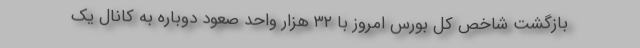
بازگشت شاخص کل بورس امروز با ۳۲ هزار واحد صعود دوباره به کانال یک